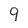
Character: 9